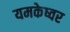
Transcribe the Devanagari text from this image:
यमकेष्वर